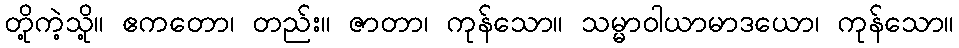
တို့ကဲ့သို့။ ဧကတော၊ တည်း။ ဇာတာ၊ ကုန်သော။ သမ္မာဝါယာမာဒယော၊ ကုန်သော။